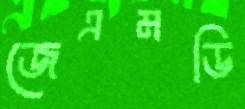
জেএমডি